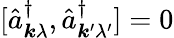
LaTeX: [\hat{a}_{\boldsymbol{k}\lambda}^{\dagger},\hat{a}_{\boldsymbol{k}^{\prime}\lambda^{\prime}}^{\dagger}]=0